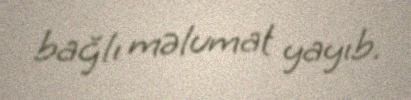
bağlı məlumat yayıb.